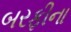
બરફીના